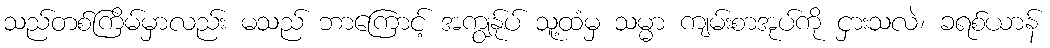
သည်တစ်ကြိမ်မှာလည်း မသည် ဘာကြောင့် အကျွန်ုပ် သူ့ထံမှ သမ္မာ ကျမ်းစာအုပ်ကို ငှားသလဲ၊ ခရစ်ယာန်